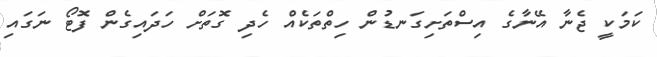
ކަމަކީ ޖެނާ އޭނާގެ އިސްތަށިގަނޑުން ހިތްތަކެއް ހެދި ގޮތަށް ހަދައިގެން ފޮޓޯ ނަގައި